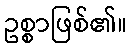
ဥစ္စာဖြစ်၏။